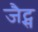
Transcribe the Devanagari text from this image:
जैट्स